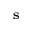
\mathbf { s }